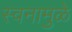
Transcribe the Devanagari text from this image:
स्वनामुळे